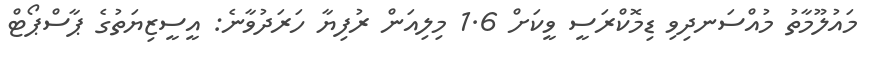
މައުލޫމާތު މުއްސަނދިވި ޑިމޮކްރަސީ ވީކަށް 1.6 މިލިއަން ރުފިޔާ ހަރަދުވާނެ: އީސީޒިޔަތުގެ ޕާސްޕޯޓް